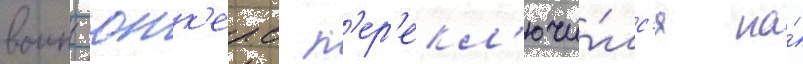
воины юнк'ерс п'ер'екл'ючи́лс'я на́